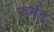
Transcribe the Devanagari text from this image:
फर्मन